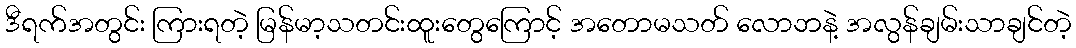
ဒီရက်အတွင်း ကြားရတဲ့ မြန်မာ့သတင်းထူးတွေကြောင့် အတောမသတ် လောဘနဲ့ အလွန်ချမ်းသာချင်တဲ့